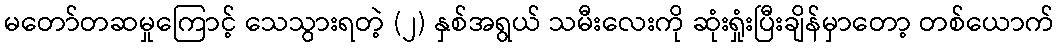
မတော်တဆမှုကြောင့် သေသွားရတဲ့ (၂) နှစ်အရွယ် သမီးလေးကို ဆုံးရှုံးပြီးချိန်မှာတော့ တစ်ယောက်